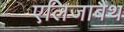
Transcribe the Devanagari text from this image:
एलिजाबैथ